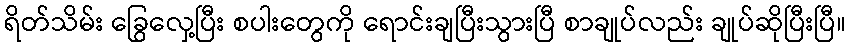
ရိတ်သိမ်း ခြွေလှေ့ပြီး စပါးတွေကို ရောင်းချပြီးသွားပြီ စာချုပ်လည်း ချုပ်ဆိုပြီးပြီ။